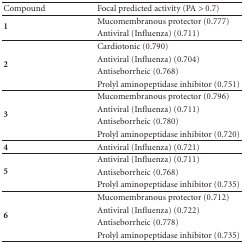
<table><thead><tr><td><b>Compound</b></td><td><b>Focal predicted activity (PA &gt; 0.7)</b></td></tr></thead><tbody><tr><td rowspan="2"><b>1</b></td><td>Mucomembranous protector (0.777)</td></tr><tr><td>Antiviral (Influenza) (0.711)</td></tr><tr><td rowspan="4"><b>2</b></td><td>Cardiotonic (0.790)</td></tr><tr><td>Antiviral (Influenza) (0.704)</td></tr><tr><td>Antiseborrheic (0.768)</td></tr><tr><td>Prolyl aminopeptidase inhibitor (0.751) </td></tr><tr><td rowspan="4"><b>3</b></td><td>Mucomembranous protector (0.796)</td></tr><tr><td>Antiviral (Influenza) (0.711)</td></tr><tr><td>Antiseborrheic (0.780)</td></tr><tr><td>Prolyl aminopeptidase inhibitor (0.720) </td></tr><tr><td><b>4</b></td><td>Antiviral (Influenza) (0.721) </td></tr><tr><td rowspan="3"><b>5</b></td><td>Antiviral (Influenza) (0.711)</td></tr><tr><td>Antiseborrheic (0.768)</td></tr><tr><td>Prolyl aminopeptidase inhibitor (0.735) </td></tr><tr><td rowspan="4"><b>6</b></td><td>Mucomembranous protector (0.712)</td></tr><tr><td>Antiviral (Influenza) (0.722)</td></tr><tr><td>Antiseborrheic (0.778)</td></tr><tr><td>Prolyl aminopeptidase inhibitor (0.735)</td></tr></tbody></table>